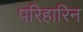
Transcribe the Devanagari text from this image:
परिहारिन